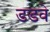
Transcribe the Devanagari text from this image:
डडवे